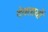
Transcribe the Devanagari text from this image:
देवतायों